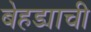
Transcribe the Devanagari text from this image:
बेहड्याची